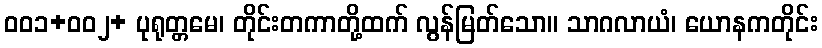
၀၀၁+၀၀၂+ ပုရုတ္တမေ၊ တိုင်းတကာတို့ထက် လွန်မြတ်သော။ သာဂလာယံ၊ ယောနကတိုင်း